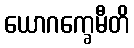
ယောဂက္ခေမီတိ